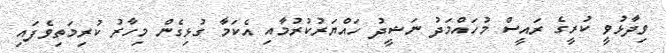
ވިދާޅުވީ ކުރީގެ ރައީސް މުހައްމަދު ނަޝީދު ހައްޔަރުކުރުމާއި އެކަމާ ގުޅިގެން މިހާރު ކުރިމަތިވެފައި